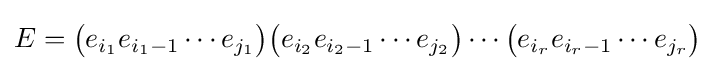
E={\big (}e_{i_{1}}e_{i_{1}-1}\cdots e_{j_{1}}{\big )}{\big (}e_{i_{2}}e_{i_{2}-1}\cdots e_{j_{2}}{\big )}\cdots {\big (}e_{i_{r}}e_{i_{r}-1}\cdots e_{j_{r}}{\big )}